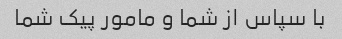
با سپاس از شما و مامور پیک شما